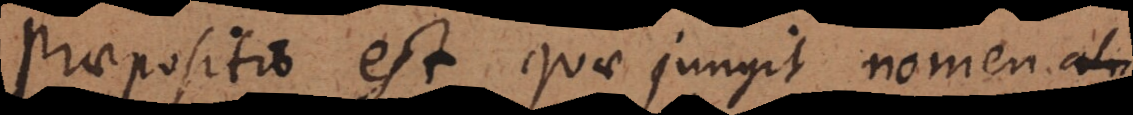
Praepositio est quae jungit nomen